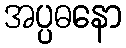
အပ္ပဓနော